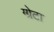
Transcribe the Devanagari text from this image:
ग्ग्रेटा